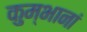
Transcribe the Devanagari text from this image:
कुम्भानां